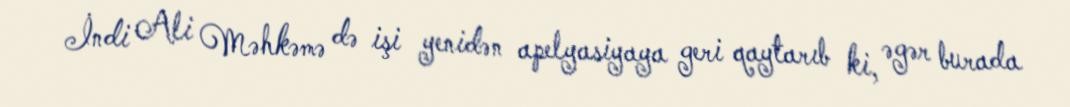
İndi Ali Məhkəmə də işi yenidən apelyasiyaya geri qaytarıb ki, əgər burada